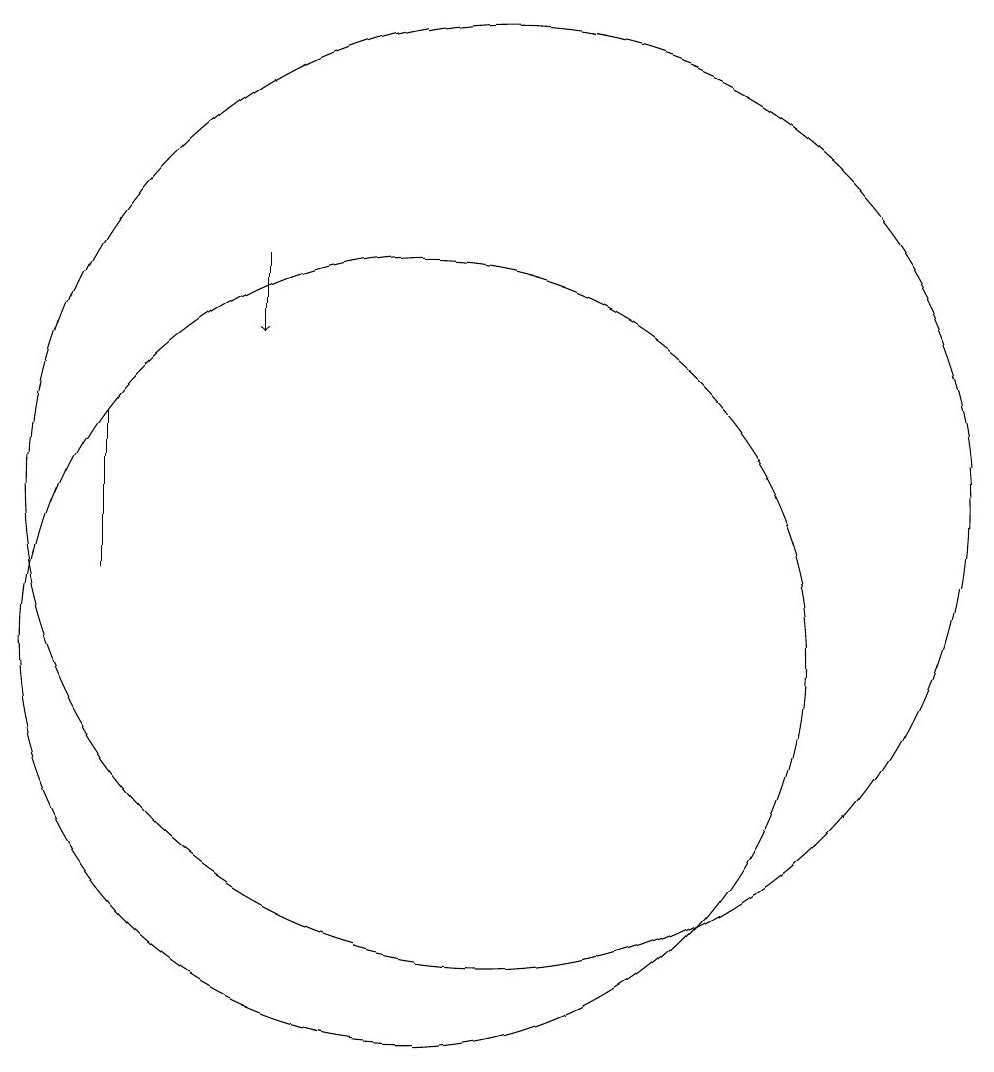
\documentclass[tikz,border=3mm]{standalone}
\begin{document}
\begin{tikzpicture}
\draw (12,12) circle (6);
\draw (7,13) rectangle (7,11);
\draw[->] (9,15) -- (9,14);
\draw (11,10) circle (5);
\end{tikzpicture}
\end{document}